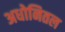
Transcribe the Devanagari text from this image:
अधोनितल